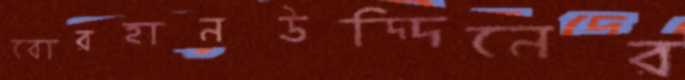
বোরহানউদ্দিনের